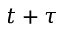
t + \tau